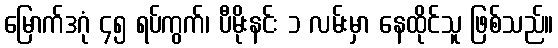
မြောက်ဒဂုံ ၄၅ ရပ်ကွက်၊ ပီမိုးနင်း ၁ လမ်းမှာ နေထိုင်သူ ဖြစ်သည်။